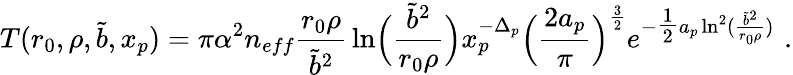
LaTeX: T(r_{0},\rho,\tilde{b},x_{p})=\pi\alpha^{2}n_{eff}{\frac{r_{0}\rho}{\tilde{b}^{2}}}\ln\Bigl({\frac{\tilde{b}^{2}}{r_{0}\rho}}\Bigr)x_{p}^{-\Delta_{p}}\Bigl({\frac{2a_{p}}{\pi}}\Bigr)^{\frac{3}{2}}e^{-{\textstyle{\frac{1}{2}}}a_{p}\ln^{2}({\frac{\tilde{b}^{2}}{r_{0}\rho}})}\, \, .